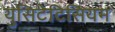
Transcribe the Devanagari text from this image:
युसिटेटिसियम